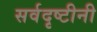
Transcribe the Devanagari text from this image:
सर्वदृष्टीनी